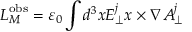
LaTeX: { \boldsymbol { L } } _ { M } ^ { \mathrm { { o b s } } } = \varepsilon _ { 0 } \int d ^ { 3 } x E _ { \perp } ^ { j } { \boldsymbol { x } } \times { \boldsymbol { \nabla } } A _ { \perp } ^ { j }